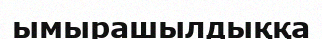
ымырашылдыққа